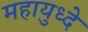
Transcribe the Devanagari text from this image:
महायुध्दे